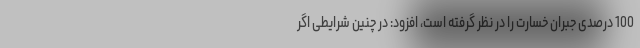
100 درصدی جبران خسارت را در نظر گرفته است، افزود: در چنین شرایطی اگر